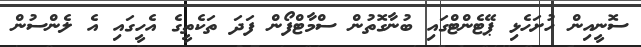
ސޮނީއިން ހުށަހެޅި ޕޭޓެންޓްގައި ބުނާގޮތުން ސްމާޓްފޯން ފަދަ ތަކެތީގެ އެހީގައި އެ ލެންސުން